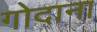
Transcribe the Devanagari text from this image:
गोदाना